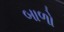
બાળો